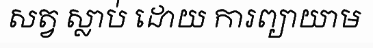
សត្វ ស្លាប់ ដោយ ការព្យាយាម